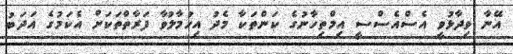
އޭނާ ވިދާޅުވީ އެސްއެސްސީ އިމްތިހާނުގެ ކަންތަކާ މެދު އިހުމާލުވާ ފަރާތްތަކަށް އެކަމުގެ އަދަބު